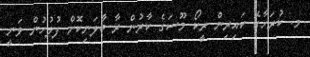
މ. ކުރަހާގޭ ކައިރިން ރީކޯ މޫސަގެ ކާރުން ރާ ބާލަނިކޮށް ފުލުހުން ވަނީ